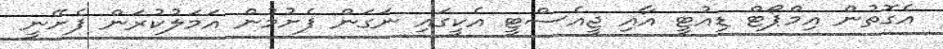
އެގޮތުން އިމްޕޯޓް ޑިއުޓީ އާއި ޖީއެސްޓީ އެކީގައި ނަގަން ފެށުމުން އަމަލުކުރަން ފެށޭނީ